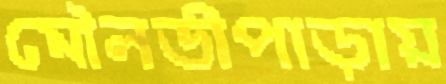
মৌলভীপাড়ায়